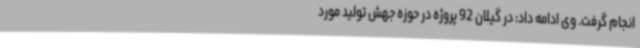
انجام گرفت. وی ادامه داد: در گیلان 92 پروژه در حوزه جهش تولید مورد